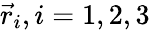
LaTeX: {\vec{r}}_{i},i=1,2,3